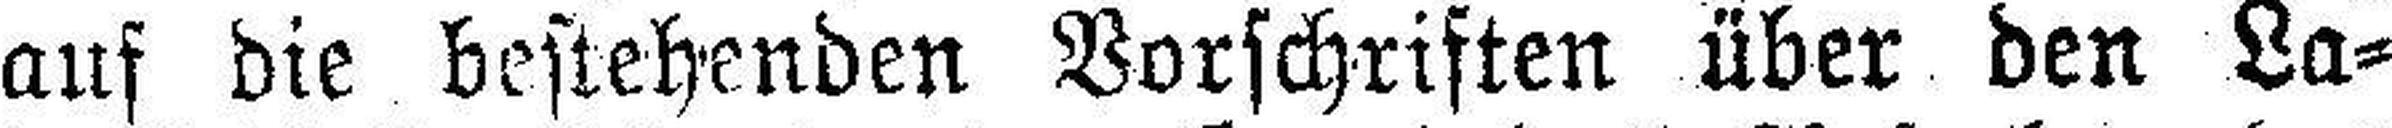
auf die bestehenden Vorschriften über den La¬